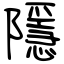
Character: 隱